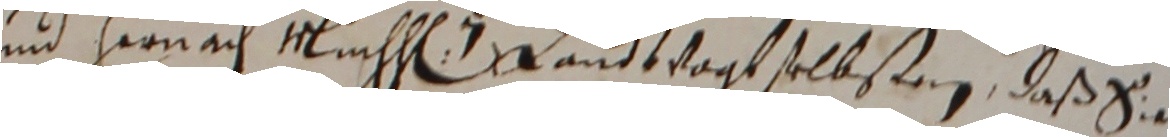
und hernach muchhen e landtvogt selbsten, daß sa